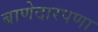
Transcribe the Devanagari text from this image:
बाणेदारपणा